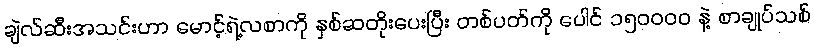
ချဲလ်ဆီးအသင်းဟာ မောင့်ရဲ့လစာကို နှစ်ဆတိုးပေးပြီး တစ်ပတ်ကို ပေါင် ၁၅၀၀၀၀ နဲ့ စာချုပ်သစ်